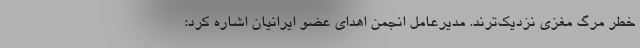
خطر مرگ مغزی نزدیک‌ترند. مدیرعامل انجمن اهدای عضو ایرانیان اشاره کرد: